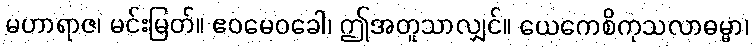
မဟာရာဇ၊ မင်းမြတ်။ ဧဝမေဝခေါ၊ ဤအတူသာလျှင်။ ယေကေစိကုသလာဓမ္မာ၊